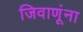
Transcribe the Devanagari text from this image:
जिवाणूंना